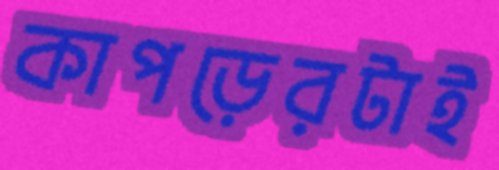
কাপড়েরটাই